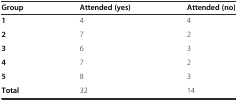
<table><thead><tr><td><b>Group</b></td><td><b>Attended (yes)</b></td><td><b>Attended (no)</b></td></tr></thead><tbody><tr><td><b>1</b></td><td>4</td><td>4</td></tr><tr><td><b>2</b></td><td>7</td><td>2</td></tr><tr><td><b>3</b></td><td>6</td><td>3</td></tr><tr><td><b>4</b></td><td>7</td><td>2</td></tr><tr><td><b>5</b></td><td>8</td><td>3</td></tr><tr><td><b>Total</b></td><td>32</td><td>14</td></tr></tbody></table>